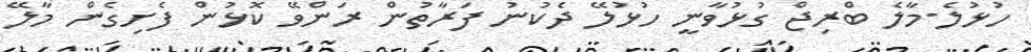
ހުޅުލެ-މާލެ ބްރިޖް ގުޅުވާނީ ހުޅުލޭ ދެކުނު ފަރާތުން ރަންވޭ ކޮޅުން ފެށިގެން މާލޭ